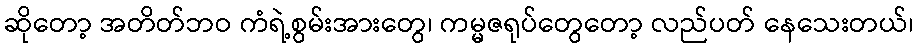
ဆိုတော့ အတိတ်ဘဝ ကံရဲ့စွမ်းအားတွေ၊ ကမ္မဇရုပ်တွေတော့ လည်ပတ် နေသေးတယ်၊